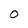
Character: O